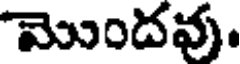
మొందవు.